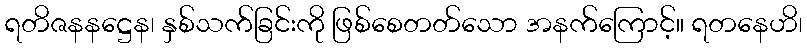
ရတိဇနနဋ္ဌေန၊ နှစ်သက်ခြင်းကို ဖြစ်စေတတ်သော အနက်ကြောင့်။ ရတနေဟိ၊